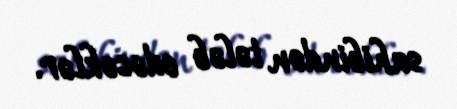
sahibindən tələb edəcəklər.